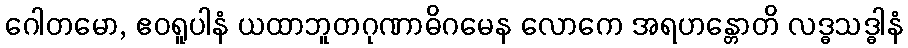
ဂေါတမော, ဧဝရူပါနံ ယထာဘူတဂုဏာဓိဂမေန လောကေ အရဟန္တောတိ လဒ္ဓသဒ္ဓါနံ